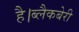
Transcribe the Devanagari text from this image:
है।ब्लैकबेरी